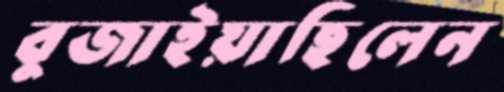
বুজাইয়াছিলেন